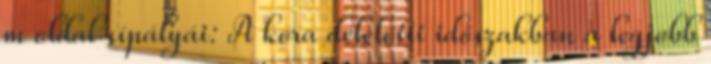
m oldal sípályái: A kora délelőtti időszakban a legjobb